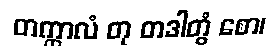
တက္ကာလံ တု တဒါတွံ စော၊